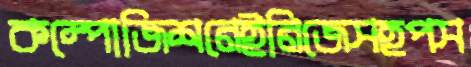
কম্পোজিশনেইনিজেসহপস